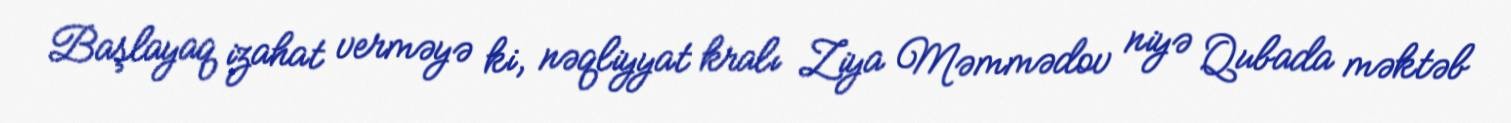
Başlayaq izahat verməyə ki, nəqliyyat kralı Ziya Məmmədov niyə Qubada məktəb